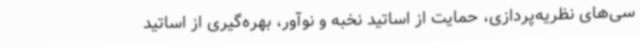
سی‌های نظریه‌پردازی، حمایت از اساتید نخبه و نوآور، بهره‌گیری از اساتید